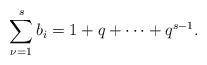
LaTeX: \begin{align*}\sum_{\nu=1}^{{s}} b_i=1+q+\cdots +q^{{{s}}-1}.\end{align*}